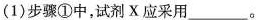
(1)步骤①中，试剂X应采用___。